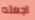
اجعله